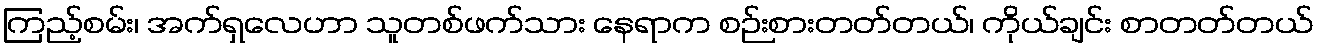
ကြည့်စမ်း၊ အက်ရှလေဟာ သူတစ်ဖက်သား နေရာက စဉ်းစားတတ်တယ်၊ ကိုယ်ချင်း စာတတ်တယ်